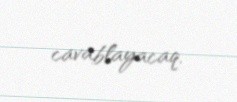
cavablayacaq.